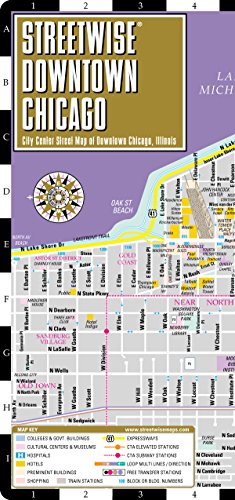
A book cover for Streetwise Downtown Chicago Map - Laminated Street Map of Downtown Chicago, Illinois; Streetwise Maps; Travel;